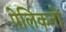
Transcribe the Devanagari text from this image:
पेलिकनों